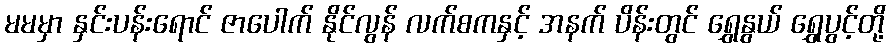
မမမှာ နှင်းပန်းရောင် ဇာပေါက် နိုင်လွန် လက်စကနှင့် အနက် ပိန်းတွင် ရွှေနွယ် ရွှေပွင့်တို့